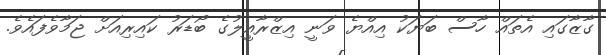
ގާޒާގައި އެތައް ހާސް ބަޔަކު އިއްޔެ ވަނީ އިޒްރާއީލުގެ ބޯޑަރު ކައިރިއަށް ޖަމާވެފައެވެ.